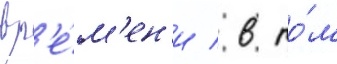
вр'е́м'ен'и / в то́м